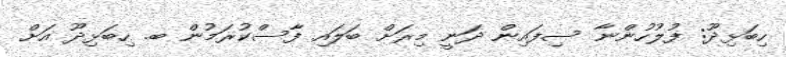
ހިބަޅިދޫ: ފުލުހުންނާ ސިފައިން ދަނީ މިރަށް ބަލައި ފާސްކުރަމުން ބ. ހިބަޅިދޫ އަށް